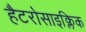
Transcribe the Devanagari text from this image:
हैटरोसाइक्लिक